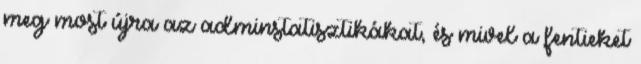
meg most újra az adminstatisztikákat, és mivel a fentieket